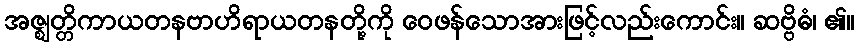
အဇ္ဈတ္တိကာယတနဗာဟိရာယတနတို့ကို ဝေဖန်သောအားဖြင့်လည်းကောင်း။ ဆဗ္ဗိဓံ၊ ၏။